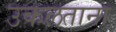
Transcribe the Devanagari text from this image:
उकलताना